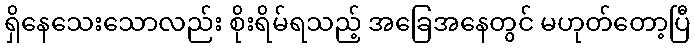
ရှိနေသေးသောလည်း စိုးရိမ်ရသည့် အခြေအနေတွင် မဟုတ်တော့ပြီ